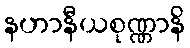
နဟာနီယစုဏ္ဏာနိ